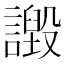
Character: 譭